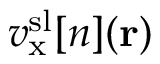
v _ { \mathrm { x } } ^ { \mathrm { s l } } [ n ] ( \mathbf { r } )